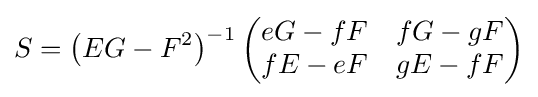
S=\left(EG-F^{2}\right)^{-1}{\begin{pmatrix}eG-fF&fG-gF\\fE-eF&gE-fF\end{pmatrix}}